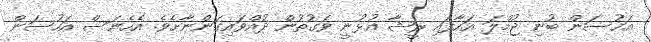
އަހުސަން ބުނި ޖުމްލަ އަހާފައި ރީޝާ އުޅުނީ ވަގުތުން ދުއްވައިގަންނާށެވެ. އެހެނަސް އަހުސަން